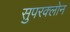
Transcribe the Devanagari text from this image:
सुपरक्लोन